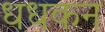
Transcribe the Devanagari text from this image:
धधकन